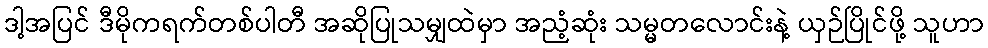
ဒါ့အပြင် ဒီမိုကရက်တစ်ပါတီ အဆိုပြုသမျှထဲမှာ အညံ့ဆုံး သမ္မတလောင်းနဲ့ ယှဉ်ပြိုင်ဖို့ သူဟာ